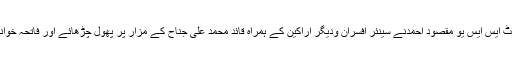
کمانڈنٹ ایس ایس یو مقصود احمدنے سینئر افسران ودیگر اراکین کے ہمراہ قائد محمد علی جناح کے مزار پر پھول چڑھائے اور فاتحہ خوانی کی۔